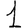
Digit: 1